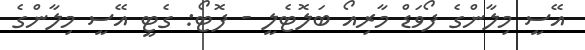
އޭސީ މިލާންގެ ފޯވަޑް މާރިއޯ ބަލޮޓެލީ - ފޮޓޯ: ގެޓީ އޭސީ މިލާންގެ